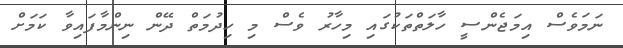
ނަމަވެސް އިމަޖެންސީ ހާލަތްތަކުގައި މިހާރު ވެސް މި ހިދުމަތް ދޭން ނިންމާފައިވާ ކަމަށް